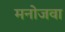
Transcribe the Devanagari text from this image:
मनोजवा